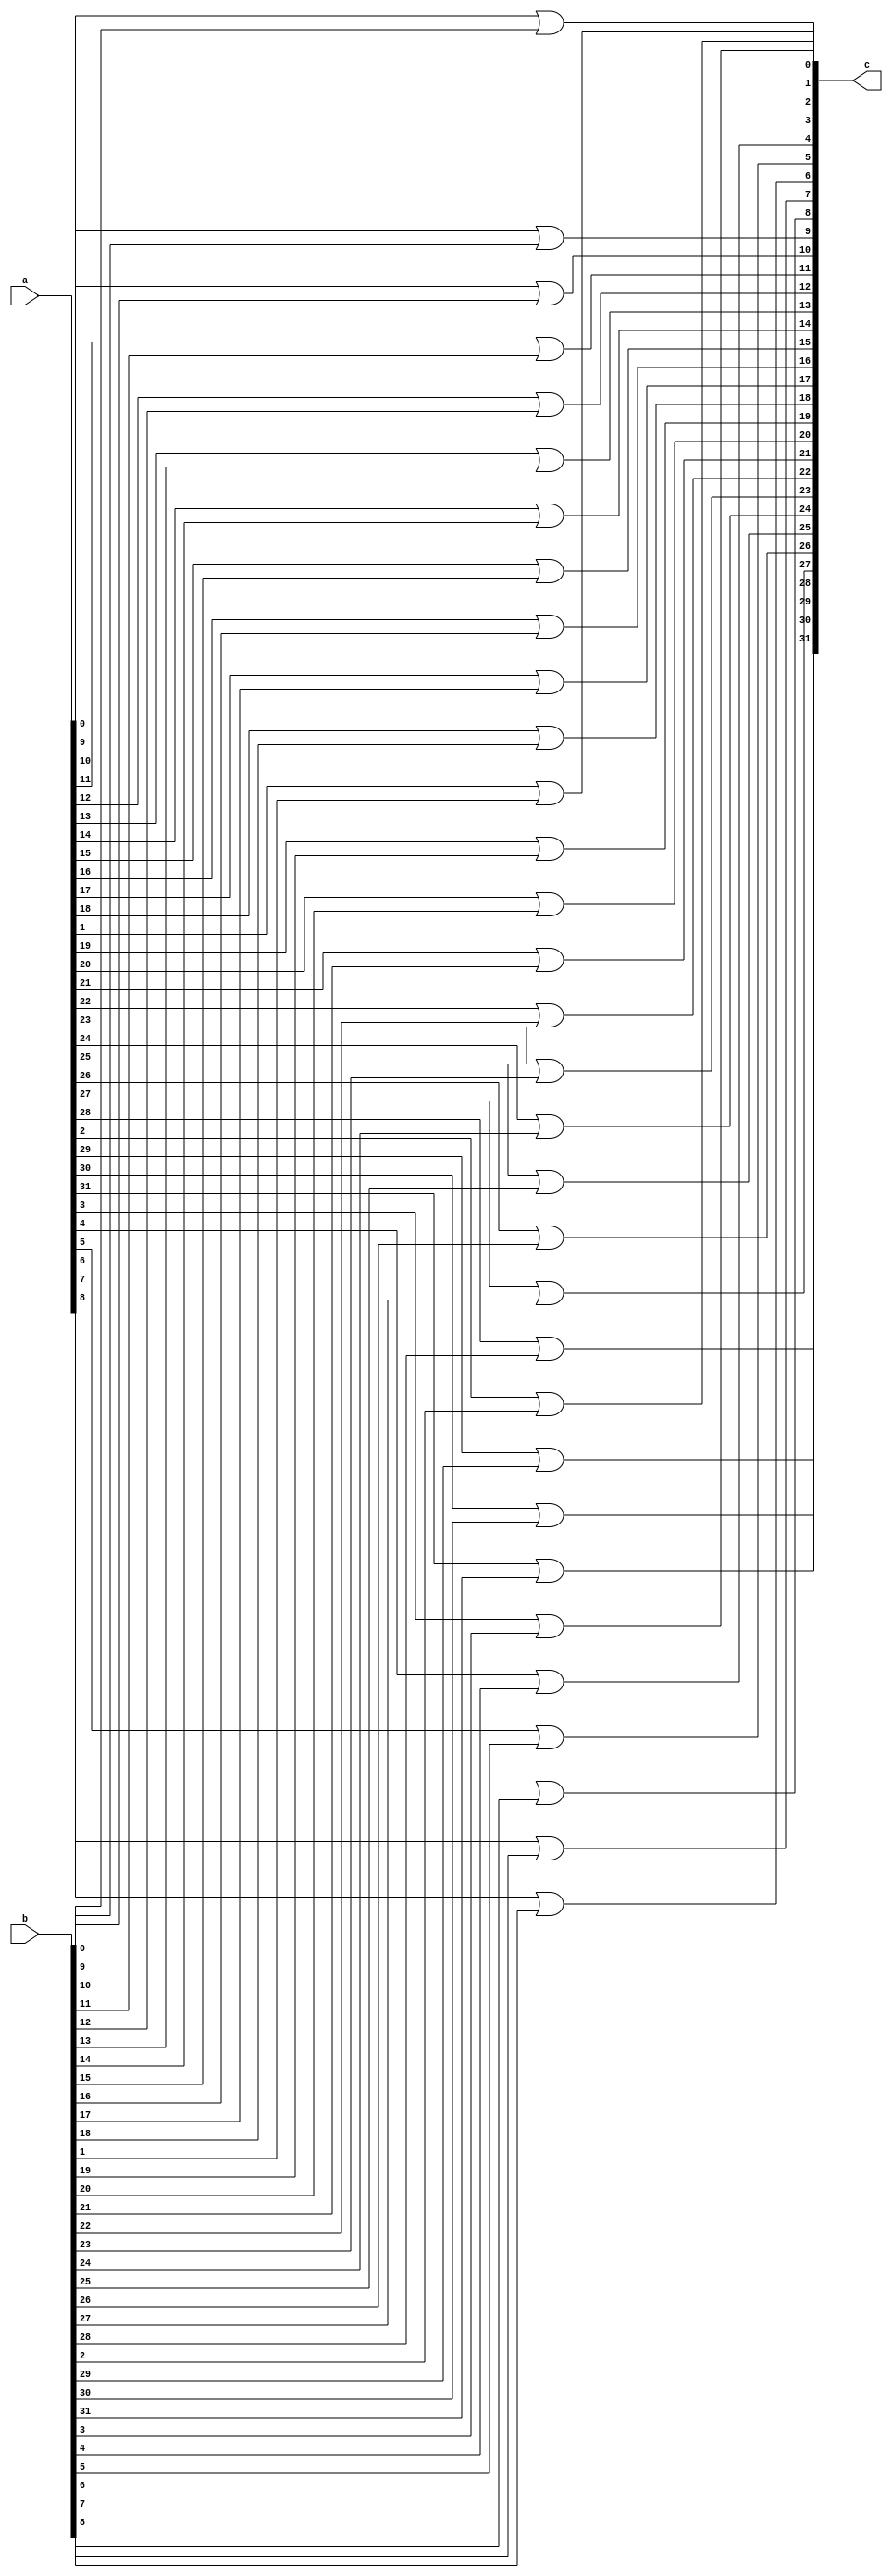
module or_32(a, b, c);
   
   input wire[31:0] a, b;
   output wire[31:0] c;

   genvar i;
   generate
      for (i = 0; i < 32; i = i + 1) begin: or_for_32bits
         or u(c[i], a[i], b[i]);
      end
   endgenerate

endmodule